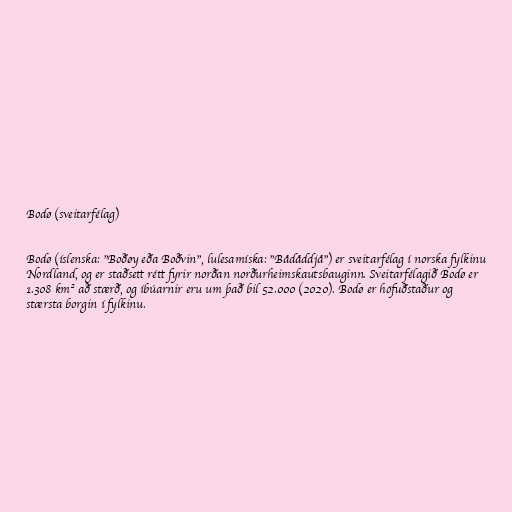
Bodø (sveitarfélag)

Bodø (íslenska: "Boðøy eða Boðvin", lulesamíska: "Bådåddjå") er sveitarfélag í norska fylkinu
Nordland, og er staðsett rétt fyrir norðan norðurheimskautsbauginn. Sveitarfélagið Bodø er
1.308 km² að stærð, og íbúarnir eru um það bil 52.000 (2020). Bodø er höfuðstaður og
stærsta borgin í fylkinu.